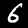
Digit: 6